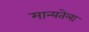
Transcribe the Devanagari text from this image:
मान्यतेला